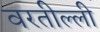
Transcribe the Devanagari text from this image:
वरतील्ली